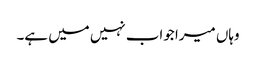
وہاں میرا جواب نہیں میں ہے۔